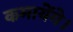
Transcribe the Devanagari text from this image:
कमायेंगे।